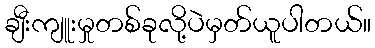
ချီးကျူးမှုတစ်ခုလို့ပဲမှတ်ယူပါတယ်။